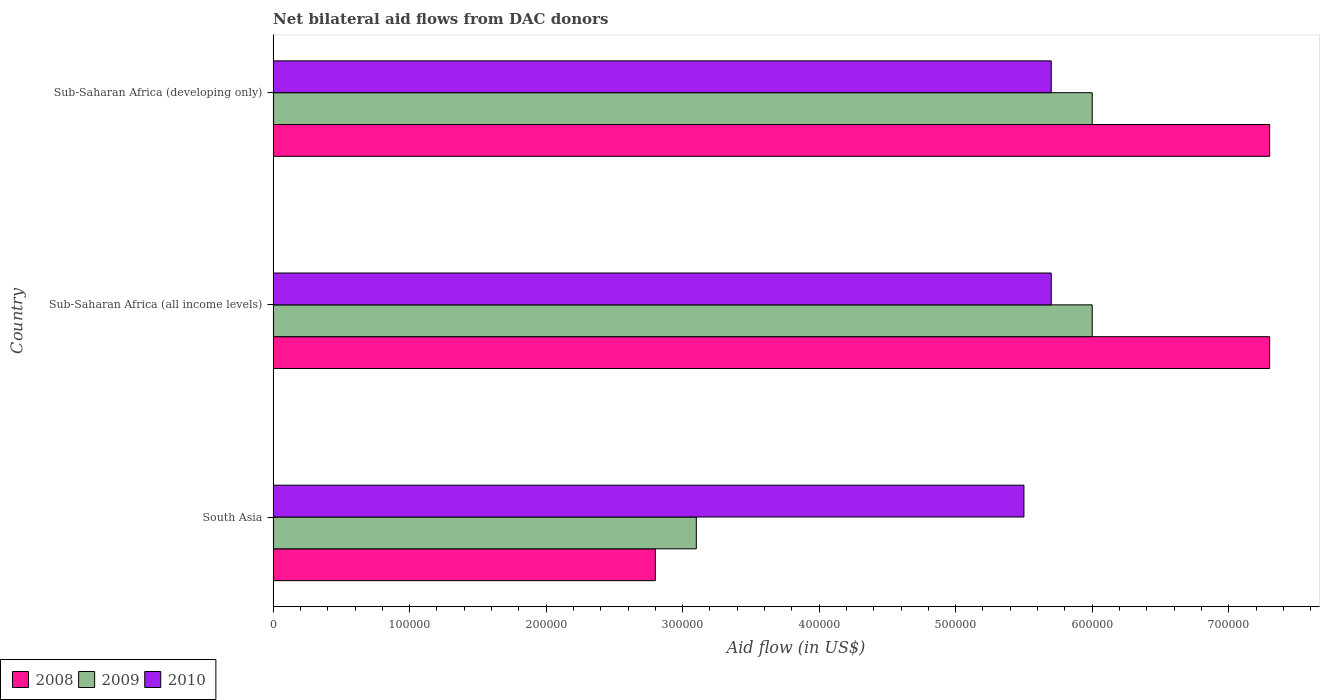
| Country | 2008 | 2009 | 2010 |
 | --- | --- | --- | --- |
 | South Asia | 2.8e+05 | 3.1e+05 | 5.5e+05 |
 | Sub-Saharan Africa (all income levels) | 7.3e+05 | 6e+05 | 5.7e+05 |
 | Sub-Saharan Africa (developing only) | 7.3e+05 | 6e+05 | 5.7e+05 |